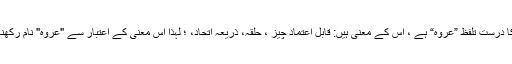
مذکورہ نام کا درست تلفظ ”عُرْوَه“ ہے ، اس کے معنی ہیں: قابلِ اعتماد چیز ، حلقہ، ذریعہ اتحاد، ؛ لہذا اس معنی کے اعتبار سے "عروہ" نام رکھنا درست ہے۔